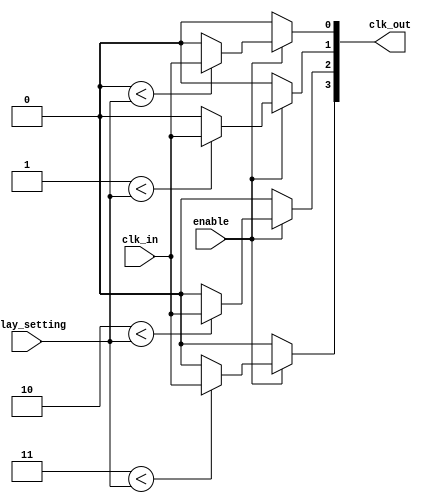
module SkewOptimizedClockBuffer #(
    parameter NUM_OUTPUTS = 4,       // Number of output clocks
    parameter DELAY_WIDTH = 4         // Width of programmable delay (in bits)
)(
    input wire clk_in,                // Input clock signal
    input wire [DELAY_WIDTH-1:0] delay_setting, // Programmable delay setting
    input wire enable,                // Enable signal for clock gating
    output wire [NUM_OUTPUTS-1:0] clk_out // Output clock signals
);

    // Internal signals
    wire [NUM_OUTPUTS-1:0] clk_delayed; // Delayed clock signals

    // Generate delayed clock signals for each output
    genvar i;
    generate
        for (i = 0; i < NUM_OUTPUTS; i = i + 1) begin : clock_distribution
            // Delay line implementation (simplified)
            // In a real design, this would be a more complex delay line
            assign clk_delayed[i] = (i < delay_setting) ? clk_in : 1'b0; // Simple delay logic

            // Output driver with isolation feature
            assign clk_out[i] = enable ? clk_delayed[i] : 1'b0; // Clock gating
        end
    endgenerate

endmodule